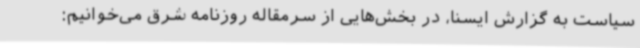
سیاست به گزارش ایسنا، در بخش‌هایی از سرمقاله روزنامه شرق می‌خوانیم: